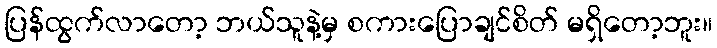
ပြန်ထွက်လာတော့ ဘယ်သူနဲ့မှ စကားပြောချင်စိတ် မရှိတော့ဘူး။